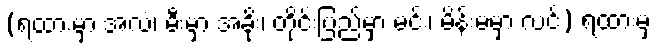
(ရထားမှာ အလံ၊ မီးမှာ အခိုး၊ တိုင်းပြည်မှာ မင်း၊ မိန်းမမှာ လင်) ရထားမှ